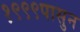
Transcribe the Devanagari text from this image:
१९९९पासुन